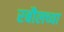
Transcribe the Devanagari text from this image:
रबौलच्या